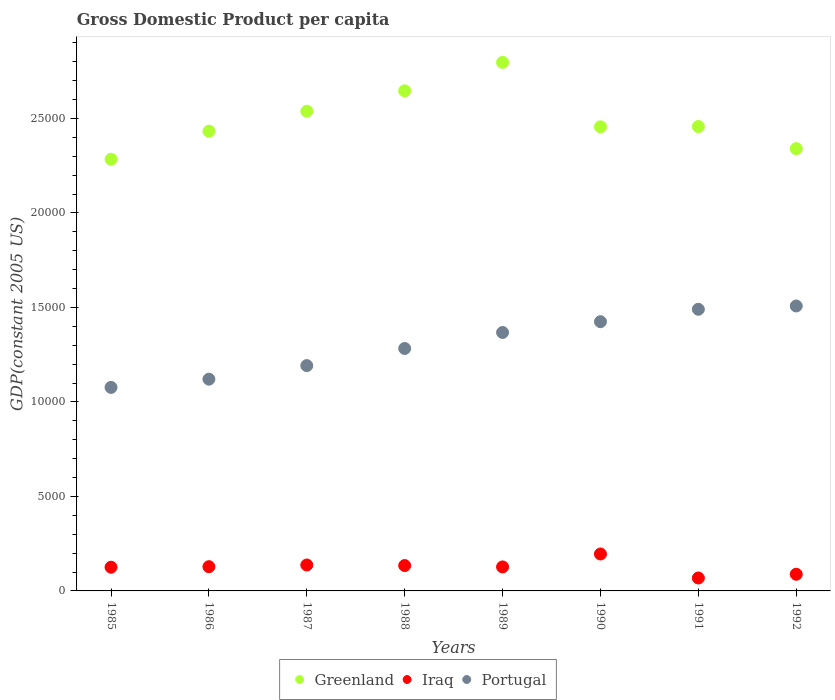
| Years | Greenland | Iraq | Portugal |
 | --- | --- | --- | --- |
 | 1985 | 2.28e+04 | 1.25e+03 | 1.08e+04 |
 | 1986 | 2.43e+04 | 1.28e+03 | 1.12e+04 |
 | 1987 | 2.54e+04 | 1.37e+03 | 1.19e+04 |
 | 1988 | 2.65e+04 | 1.34e+03 | 1.28e+04 |
 | 1989 | 2.8e+04 | 1.27e+03 | 1.37e+04 |
 | 1990 | 2.46e+04 | 1.95e+03 | 1.42e+04 |
 | 1991 | 2.46e+04 | 684 | 1.49e+04 |
 | 1992 | 2.34e+04 | 882 | 1.51e+04 |